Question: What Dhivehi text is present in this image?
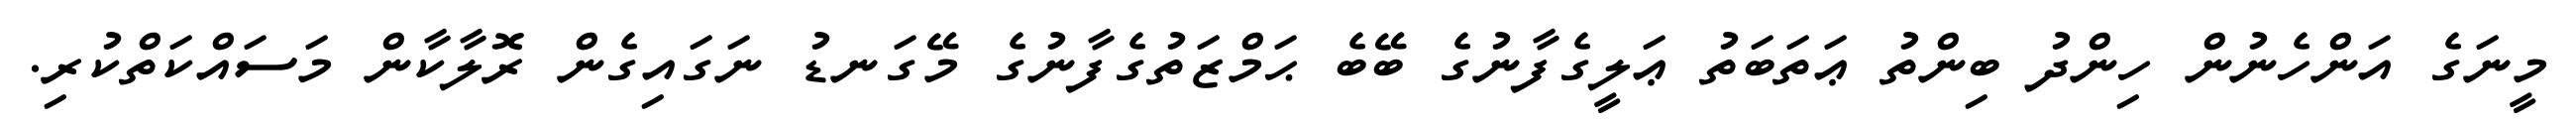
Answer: މީނަގެ އަންހެނުން ހިންދު ބިންތު ޢަތަބަތު ޢަލީގެފާނުގެ ބޭބެ ޙަމްޒަތުގެފާނުގެ މޭގަނޑު ނަގައިގެން ރޮލާކާން މަސައްކަތްކުރި.